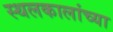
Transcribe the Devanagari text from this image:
स्थलकालांच्या